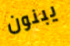
يبنون